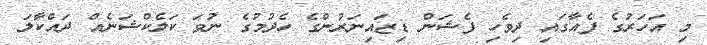
މި އަހަރުގެ ފެއާގައި ދިވެހި ފެޝަން ޑިޒައިނަރުންގެ ހެދުމުގެ ނުވަ ކަލެކްޝަނެއް ދައްކާލަ